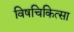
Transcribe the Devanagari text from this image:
विषचिकित्सा